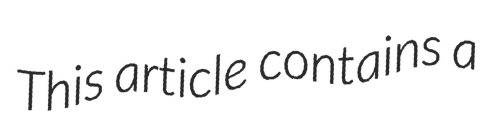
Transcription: This article contains a